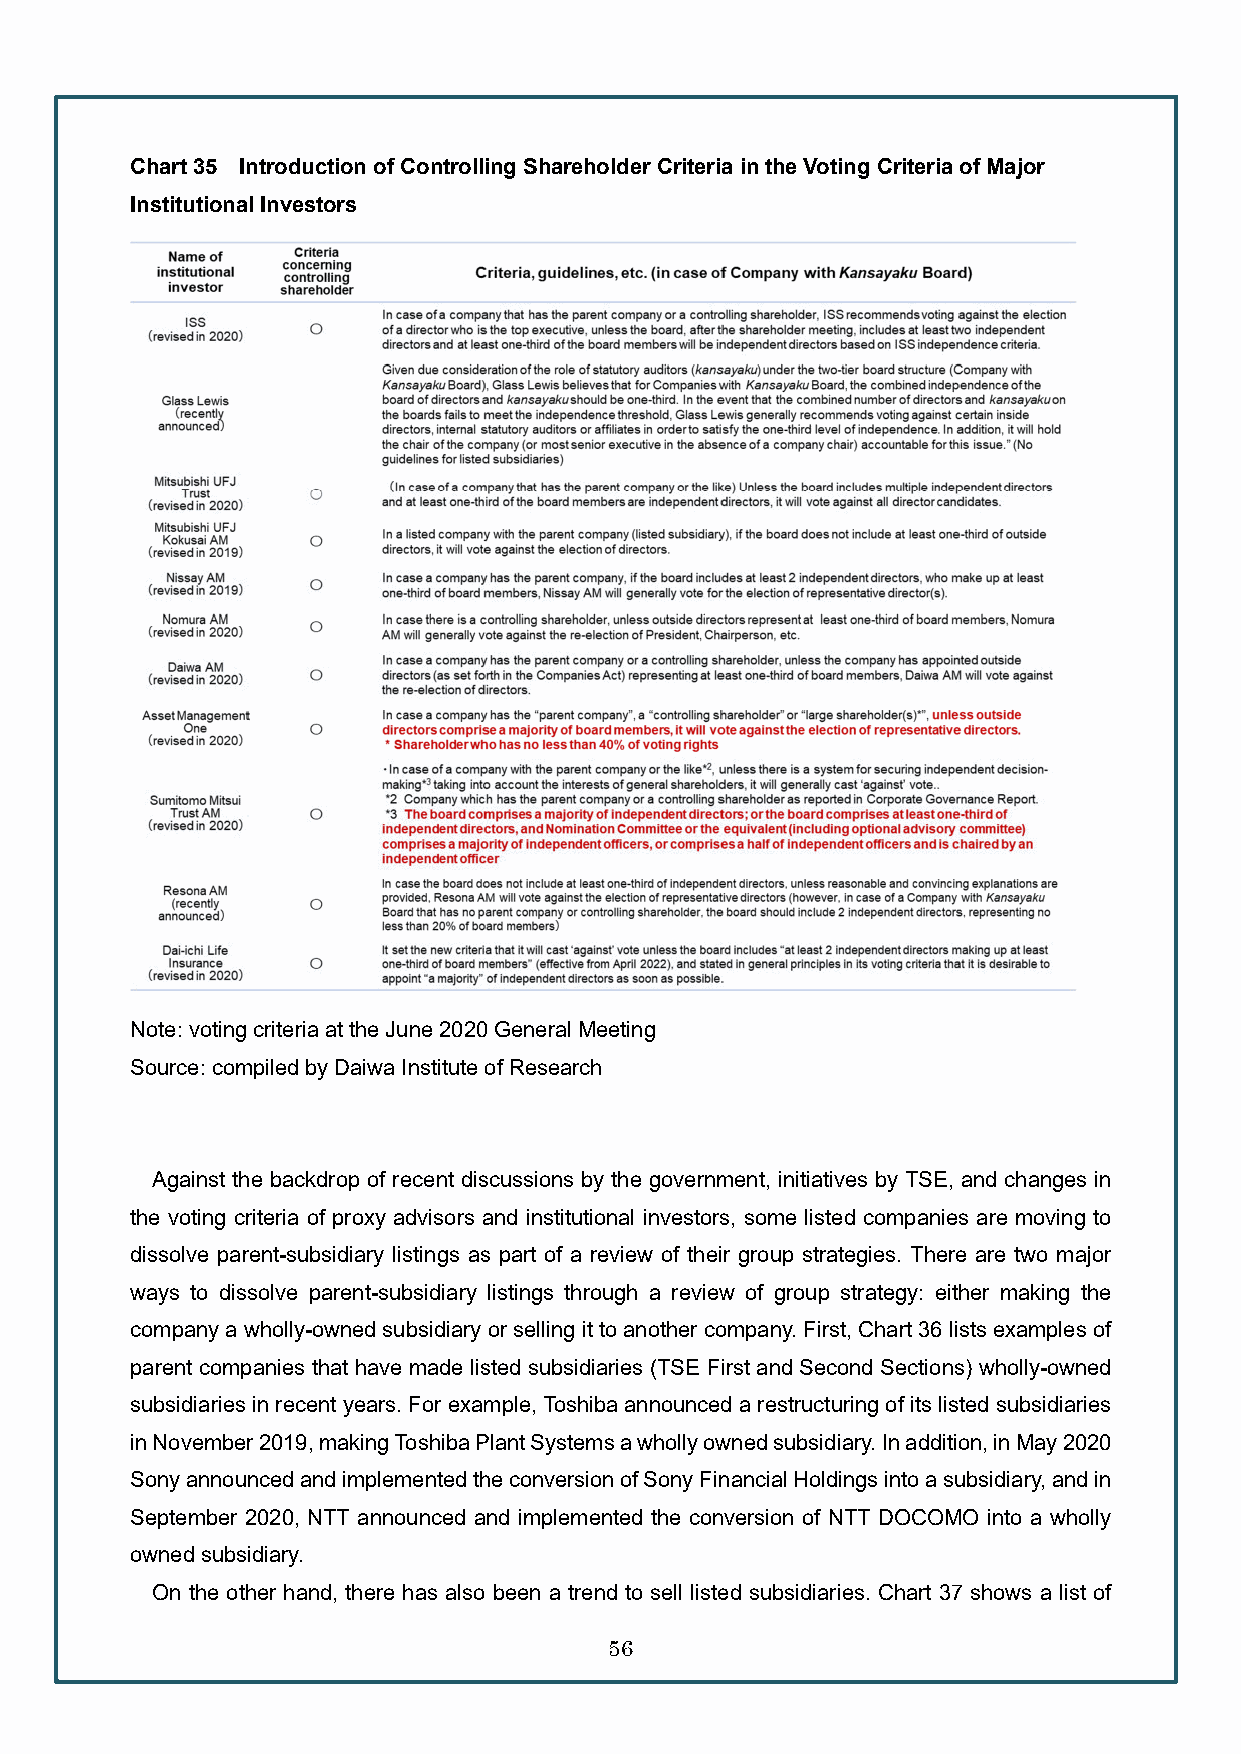
Chart 35 Introduction of Controlling Shareholder Criteria in the Voting Criteria of Major
 Institutional Investors
 Note: voting criteria at the June 2020 General Meeting
 Source: compiled by Daiwa Institute of Research
 Against the backdrop of recent discussions by the government, initiatives by TSE, and changes in
 the voting criteria of proxy advisors and institutional investors, some listed companies are moving to
 dissolve parent-subsidiary listings as part of a review of their group strategies. There are two major
 ways to dissolve parent-subsidiary listings through a review of group strategy: either making the
 company a wholly-owned subsidiary or selling it to another company. First, Chart 36 lists examples of
 parent companies that have made listed subsidiaries (TSE First and Second Sections) wholly-owned
 subsidiaries in recent years. For example, Toshiba announced a restructuring of its listed subsidiaries
 in November 2019, making Toshiba Plant Systems a wholly owned subsidiary. In addition, in May 2020
 Sony announced and implemented the conversion of Sony Financial Holdings into a subsidiary, and in
 September 2020, NTT announced and implemented the conversion of NTT DOCOMO into a wholly
 owned subsidiary.
 On the other hand, there has also been a trend to sell listed subsidiaries. Chart 37 shows a list of
 56